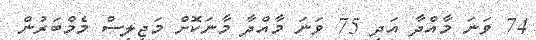
74 ވަނަ މާއްދާ އަދި 75 ވަނަ މާއްދާ މާނަކޮށް މަޖިލިސް މެމްބަރުން